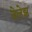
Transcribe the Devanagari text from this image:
वेलेझ